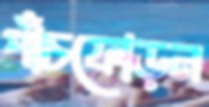
পাঁচফোড়ন